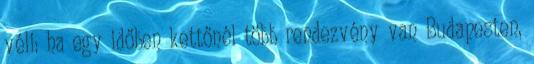
véli: ha egy időben kettőnél több rendezvény van Budapesten,